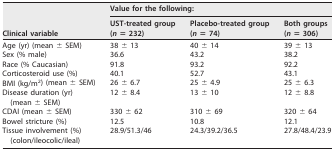
| <ROWSPAN=2> Clinical variable | <COLSPAN=3> Value for the following: |
 | UST-treated group (n = 232) | Placebo-treated group (n = 74) | Both groups (n = 306) |
 | --- | --- | --- | --- |
 | Age (yr) (mean ± SEM) | 38 ± 13 | 40 ± 14 | 39 ± 13 |
 | Sex (% male) | 36.6 | 43.2 | 38.2 |
 | Race (% Caucasian) | 91.8 | 93.2 | 92.2 |
 | Corticosteroid use (%) | 40.1 | 52.7 | 43.1 |
 | BMI (kg/m2) (mean ± SEM) | 26 ± 6.7 | 25 ± 4.9 | 25 ± 6.3 |
 | Disease duration (yr) (mean ± SEM) | 12 ± 8.4 | 13 ± 10 | 12 ± 8.8 |
 | CDAI (mean ± SEM) | 330 ± 62 | 310 ± 69 | 320 ± 64 |
 | Bowel stricture (%) | 12.5 | 10.8 | 12.1 |
 | Tissue involvement (%) (colon/ileocolic/ileal) | 28.9/51.3/46 | 24.3/39.2/36.5 | 27.8/48.4/23.9 |